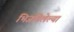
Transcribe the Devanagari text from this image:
भिजविलेल्या